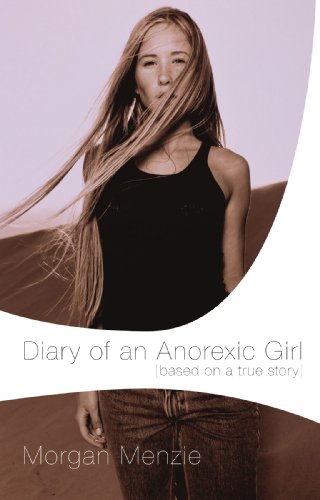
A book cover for Diary of an Anorexic Girl; Morgan Menzie; Health, Fitness & Dieting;